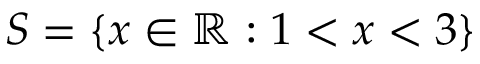
S = \{ x \in \mathbb { R } : 1 < x < 3 \}